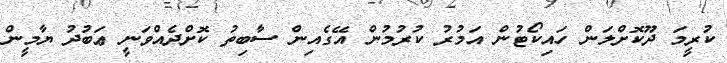
ކުރީމަ ދޫކޮށްލަން ހައިކޯޓުން އަމުރު ކުރުމުން އޭގެއިން ސާބިތު ކޮށްދެއްވަނީ ޢަބުދު ޔާމީން